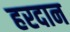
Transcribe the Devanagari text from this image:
हरदान